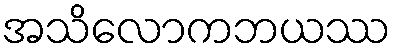
အသိလောကဘယဿ